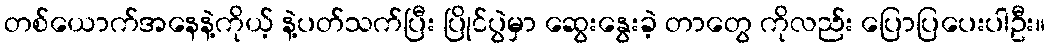
တစ်ယောက်အနေနဲ့ကိုယ့် နဲ့ပတ်သက်ပြီး ပြိုင်ပွဲမှာ ဆွေးနွေးခဲ့ တာတွေ ကိုလည်း ပြောပြပေးပါဦး။